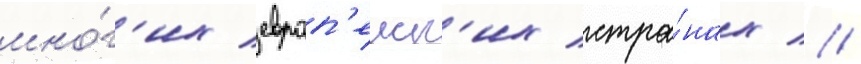
мно́г'их европ'еиск'их стра́нах //